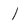
Character: l